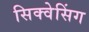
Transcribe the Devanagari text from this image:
सिक्वेसिंग